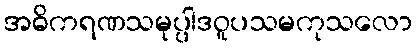
အဓိကရဏသမုပ္ပါဒဝူပသမကုသလော